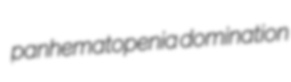
panhematopenia domination